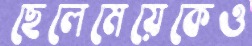
ছেলেমেয়েকেও